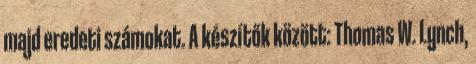
majd eredeti számokat. A készítők között: Thomas W. Lynch,